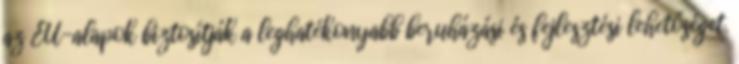
az EU-alapok biztosítják a leghatékonyabb beruházási és fejlesztési lehetőséget.